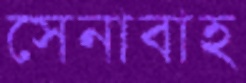
সেনাবাহ